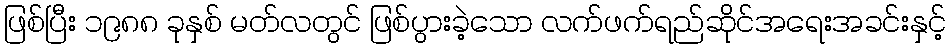
ဖြစ်ပြီး ၁၉၈၈ ခုနှစ် မတ်လတွင် ဖြစ်ပွားခဲ့သော လက်ဖက်ရည်ဆိုင်အရေးအခင်းနှင့်